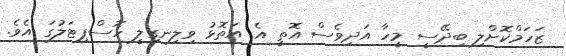
ޒަހަމްކޮށްލި ބިދޭސީ މީހާ އަދިވެސް އޮތީ އެ އަތޮޅު ވިލިނގިލީ ހޮސްޕިޓަލުގަ އެވެ.